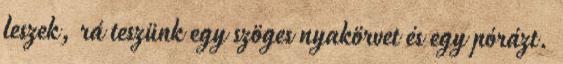
leszek, rá teszünk egy szöges nyakörvet és egy pórázt.